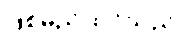
ဖြစ်မည်ထင်သည်